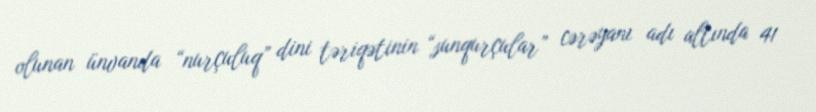
olunan ünvanda “nurçuluq” dini təriqətinin “sunqurçular” cərəyanı adı altında 41